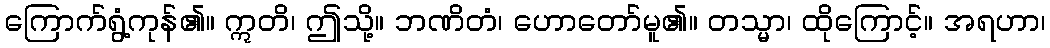
ကြောက်ရွံ့ကုန်၏။ ဣတိ၊ ဤသို့။ ဘဏိတံ၊ ဟောတော်မူ၏။ တသ္မာ၊ ထိုကြောင့်။ အရဟာ၊